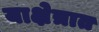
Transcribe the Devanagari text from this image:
याक्षेत्रात